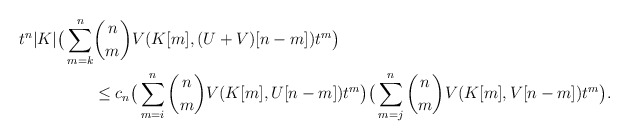
\begin{align*}t^n|K|\big(\sum_{m=k}^n &{{n}\choose{m}}V(K[m], (U+V)[n-m])t^m \big) \\ &\le c_n\big(\sum_{m=i}^n {{n}\choose{m}}V(K[m], U[n-m])t^m \big)\big(\sum_{m=j}^n {{n}\choose{m}}V(K[m], V[n-m])t^m \big).\end{align*}